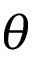
\theta